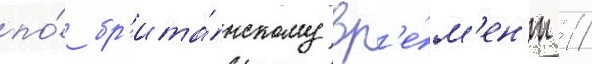
по́ бр'ита́нскому вр'е́м'ен'и 11